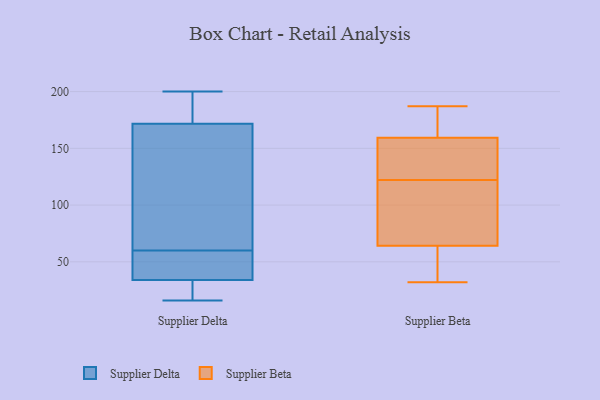
{"axis": {"x": "Latency (ms)", "y": "Value"}, "legend": ["Supplier Beta", "Supplier Delta"], "data": [{"x": "", "y": 37, "type": "Supplier Delta"}, {"x": "", "y": 164, "type": "Supplier Delta"}, {"x": "", "y": 200, "type": "Supplier Delta"}, {"x": "", "y": 197, "type": "Supplier Delta"}, {"x": "", "y": 44, "type": "Supplier Delta"}, {"x": "", "y": 193, "type": "Supplier Delta"}, {"x": "", "y": 60, "type": "Supplier Delta"}, {"x": "", "y": 67, "type": "Supplier Delta"}, {"x": "", "y": 16, "type": "Supplier Delta"}, {"x": "", "y": 168, "type": "Supplier Delta"}, {"x": "", "y": 30, "type": "Supplier Delta"}, {"x": "", "y": 42, "type": "Supplier Delta"}, {"x": "", "y": 173, "type": "Supplier Delta"}, {"x": "", "y": 16, "type": "Supplier Delta"}, {"x": "", "y": 33, "type": "Supplier Delta"}, {"x": "", "y": 122, "type": "Supplier Beta"}, {"x": "", "y": 59, "type": "Supplier Beta"}, {"x": "", "y": 32, "type": "Supplier Beta"}, {"x": "", "y": 158, "type": "Supplier Beta"}, {"x": "", "y": 66, "type": "Supplier Beta"}, {"x": "", "y": 125, "type": "Supplier Beta"}, {"x": "", "y": 34, "type": "Supplier Beta"}, {"x": "", "y": 135, "type": "Supplier Beta"}, {"x": "", "y": 163, "type": "Supplier Beta"}, {"x": "", "y": 165, "type": "Supplier Beta"}, {"x": "", "y": 187, "type": "Supplier Beta"}, {"x": "", "y": 96, "type": "Supplier Beta"}, {"x": "", "y": 94, "type": "Supplier Beta"}]}